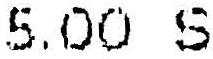
5.00 S